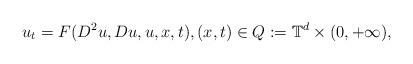
LaTeX: \begin{align*}u_{t}=F(D^2u ,D u,u,x,t),(x,t)\in Q:={\mathbb{T}}^d\times(0,+\infty),\end{align*}